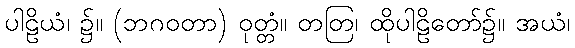
ပါဠိယံ၊ ၌။ (ဘဂဝတာ) ဝုတ္တံ။ တတြ၊ ထိုပါဠိတော်၌။ အယံ၊